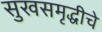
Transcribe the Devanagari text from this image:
सुखसमृद्धीचे